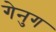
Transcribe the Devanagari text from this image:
गेनुग